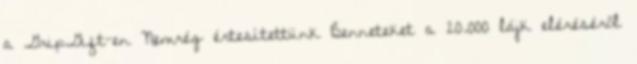
a GripGift-en Nemrég értesítettünk Benneteket a 20.000 lájk eléréséről